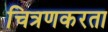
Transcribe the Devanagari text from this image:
चित्रणकरता